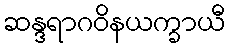
ဆန္ဒရာဂဝိနယက္ခာယီ